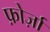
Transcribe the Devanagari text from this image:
फ़ोर्ज़ा